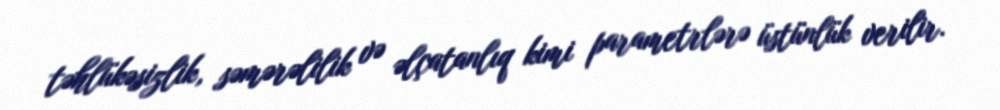
təhlükəsizlik, səmərəlilik və əlçatanlıq kimi parametrlərə üstünlük verilir.